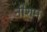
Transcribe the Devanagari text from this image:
नीशम